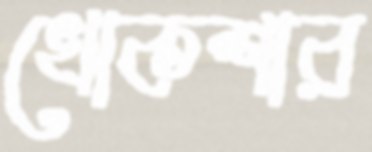
খোকশার